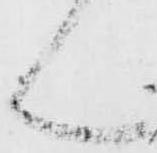
ん